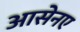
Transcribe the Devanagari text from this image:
आसेनए